Annual report on the working of the lock hospitals in the Central Provinces
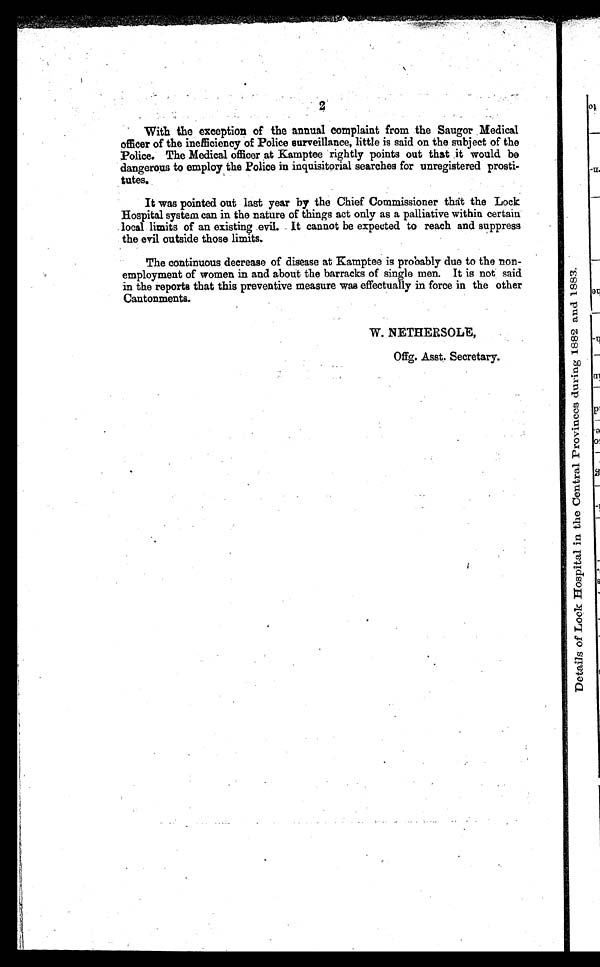
2
With the exception of the annual complaint from the Saugor Medical
officer of the inefficiency of Police surveillance, little is said on the subject of the
Police. The Medical officer at Kamptee rightly points out that it would be
dangerous to employ the Police in inquisitorial searches for unregistered prosti-
tutes.
It was pointed out last year by the Chief Commissioner that the Lock
Hospital system can in the nature of things act only as a palliative within certain
local limits of an existing evil. It cannot be expected to reach and suppress
the evil outside those limits.
The continuous decrease of disease at Kamptee is probably due to the non-
employment of women in and about the barracks of single men. It is not said
in the reports that this preventive measure was effectually in force in the other
Cantonments.
W. NETHERSOLE,
Offg. Asst. Secretary.